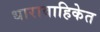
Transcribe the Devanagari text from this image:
धारावाहिकेत